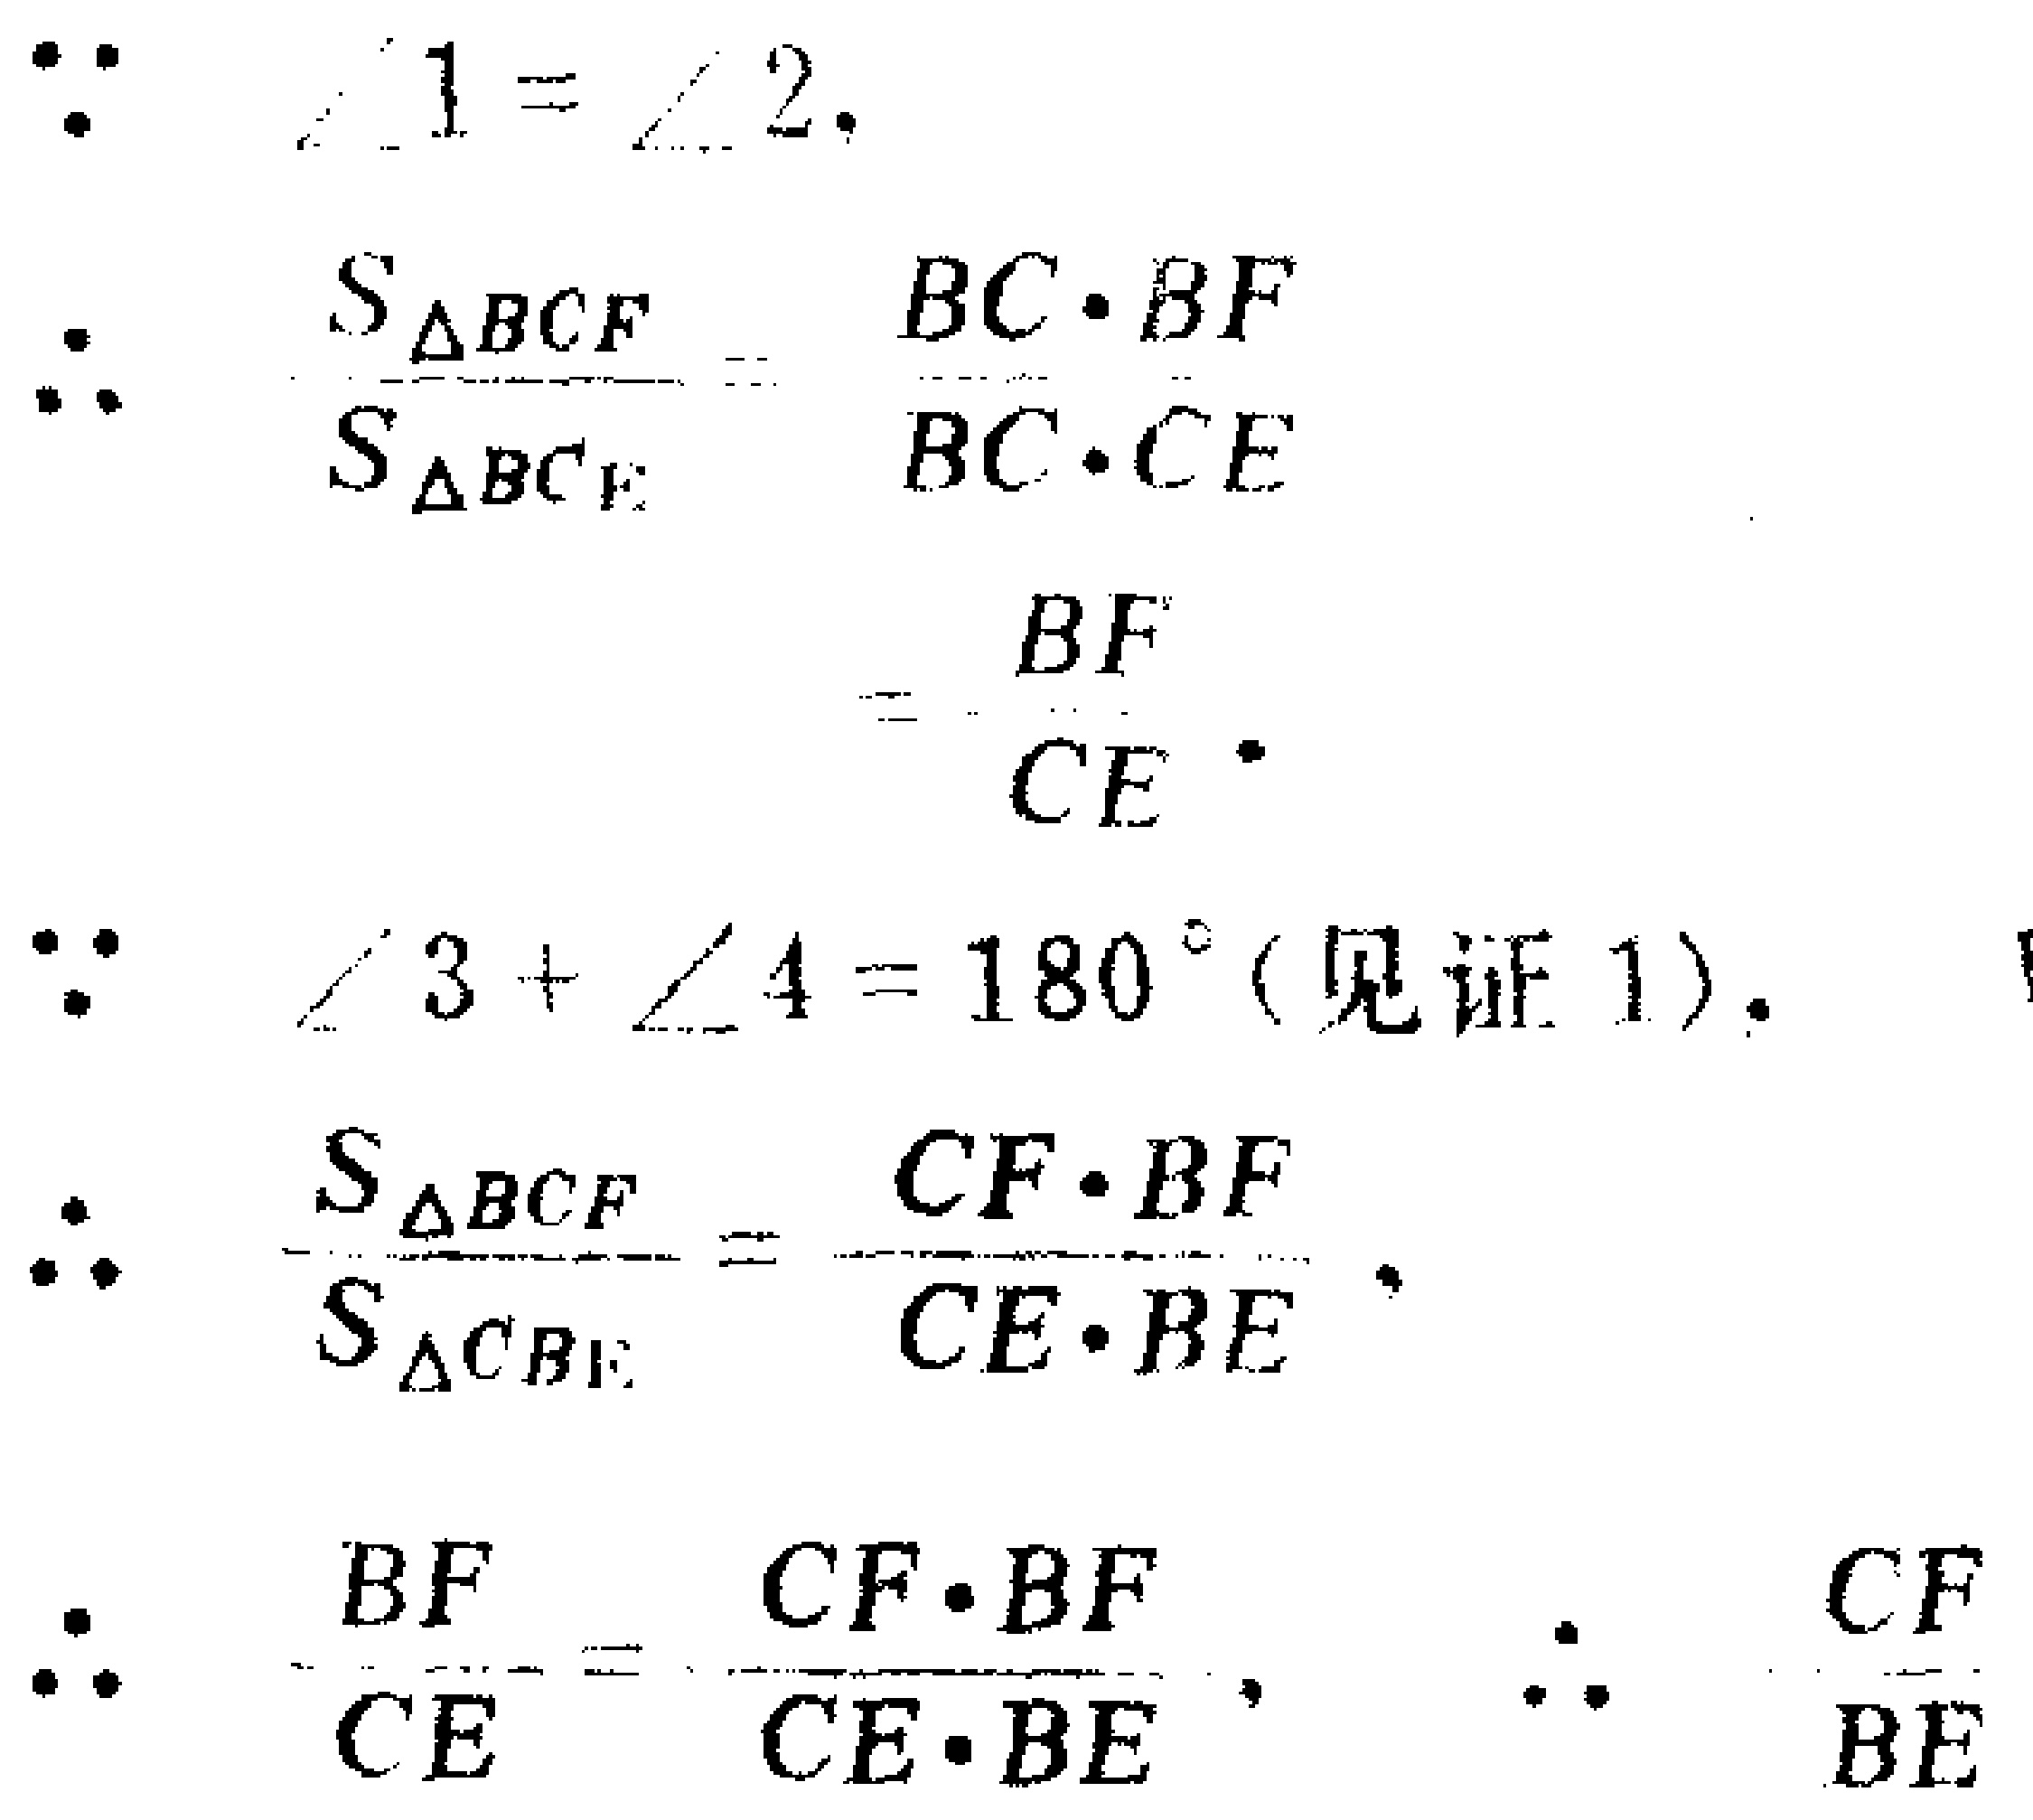
\[\begin{align*}
&\because \angle 1 = \angle 2,\\
&\therefore \frac{S_{\triangle BCF}}{S_{\triangle BCE}}=\frac{BC\cdot BF}{BC\cdot CE}=\frac{BF}{CE}.\\
&\because \angle 3+\angle 4 = 180^{\circ}(\text{见证}1),\\
&\therefore \frac{S_{\triangle BCF}}{S_{\triangle CBE}}=\frac{CF\cdot BF}{CE\cdot BE},\\
&\therefore \frac{BF}{CE}=\frac{CF\cdot BF}{CE\cdot BE},\quad\therefore \frac{CF}{BE}
\end{align*}\]